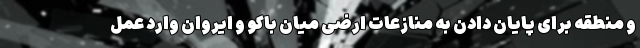
و منطقه برای پایان دادن به منازعات ارضی میان باکو و ایروان وارد عمل